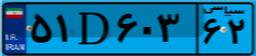
۵۱D۶۰۳۶۲